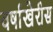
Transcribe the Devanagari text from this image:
वर्षाखेरीस